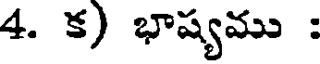
4. క) భాష్యము :